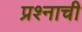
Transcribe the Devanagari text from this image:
प्रश्‍नाची